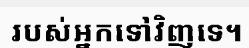
របស់អ្នកទៅវិញទេ។